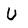
Character: U